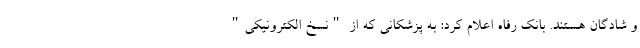
و شادگان هستند. بانک رفاه اعلام کرد: به پزشکانی که از "نسخ الکترونیکی"